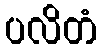
ပလိတံ